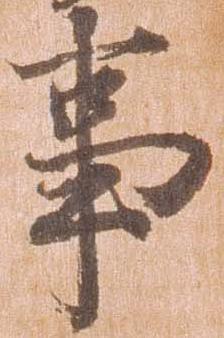
事